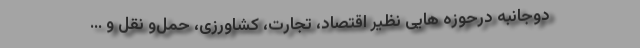
دوجانبه درحوزه هایی نظیر اقتصاد، تجارت، کشاورزی، حمل‌و نقل و ...